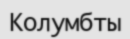
Колумбты